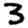
Digit: 3